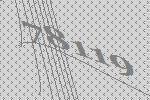
78119